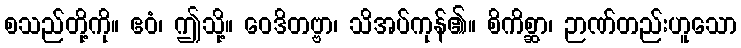
စသည်တို့ကို။ ဧဝံ၊ ဤသို့။ ဝေဒိတဗ္ဗာ၊ သိအပ်ကုန်၏။ စိကိစ္ဆာ၊ ဉာဏ်တည်းဟူသော